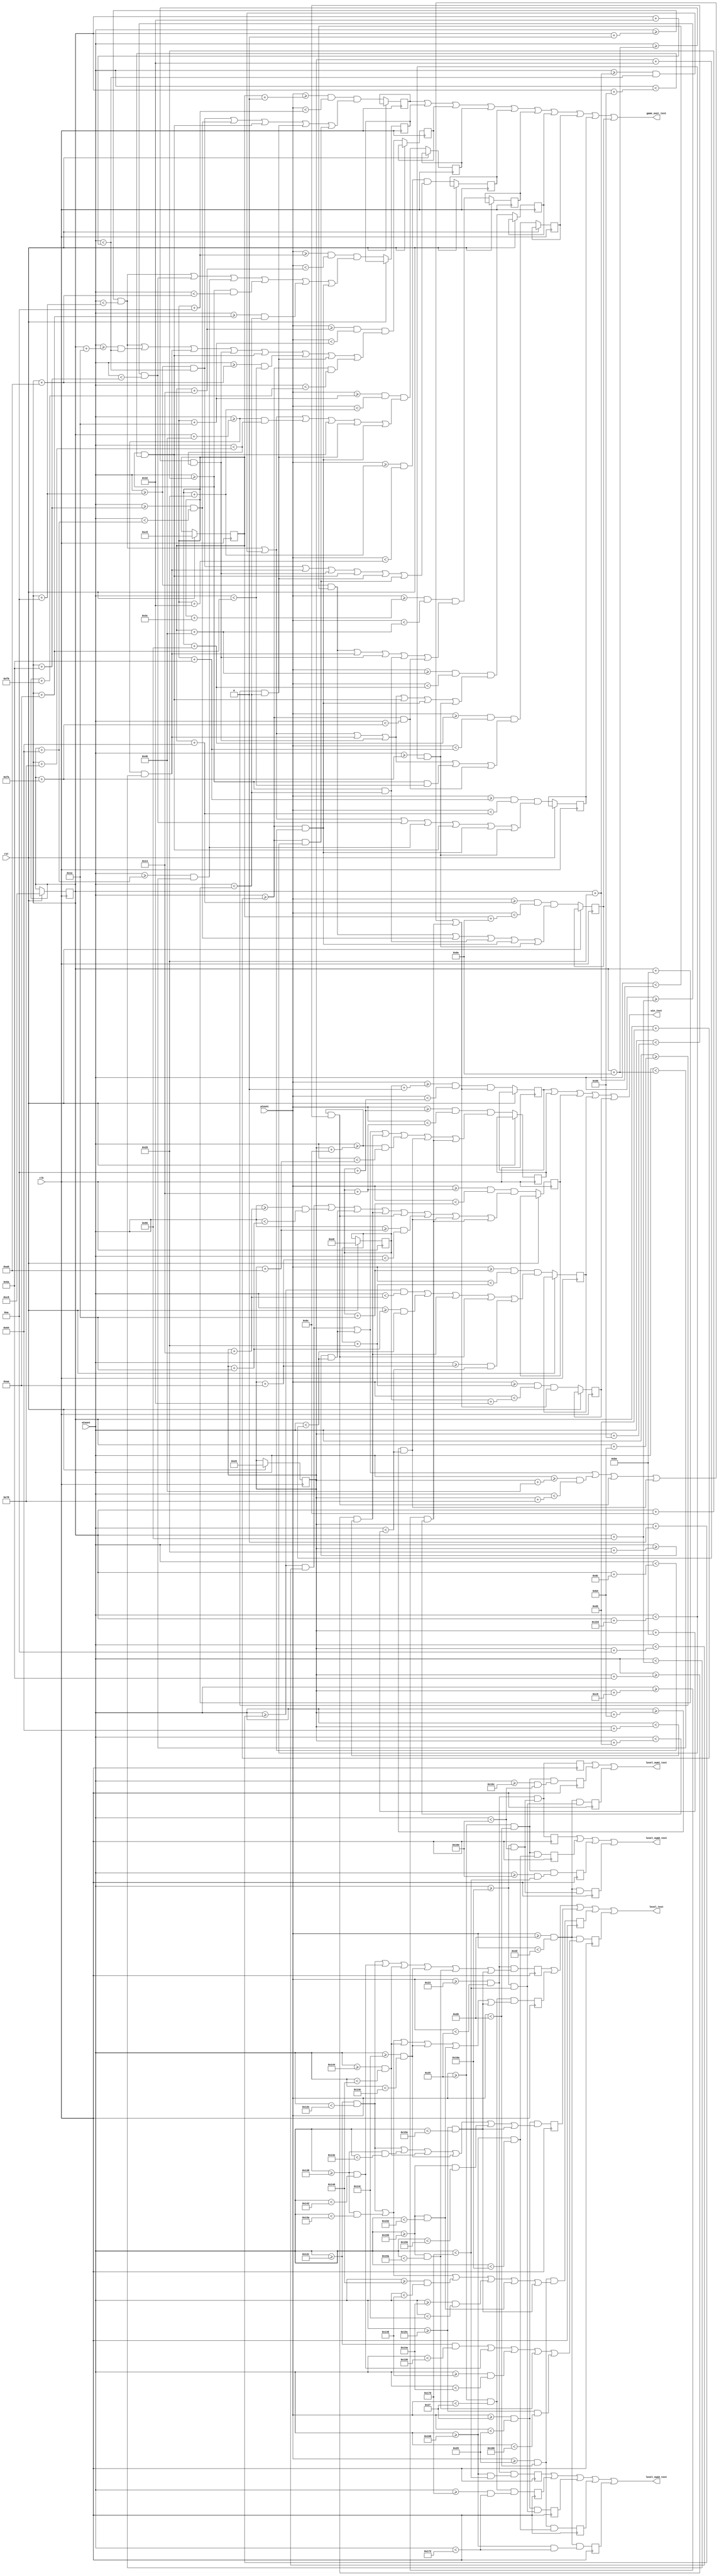
module text(clk, rst, xCount, yCount, game_over_text, win_text, level_text, level_num0_text, level_num1_text, level_num2_text);
input clk, rst;
input [9:0]xCount;
input [9:0] yCount;
wire [9:0] xCount;
wire [9:0] yCount;

output game_over_text;
output win_text;
output level_text;
output level_num0_text;
output level_num1_text;
output level_num2_text;



//game over
wire game_over_text;
assign game_over_text = (go1 || go2 || go3 || go4 || go5 || go6 || go7 || go8 || go9 || go10);
reg [9:0] game_overX[0:31];
reg [8:0] game_overY[0:31];

//"GAME"
reg go1, go2, go3, go4, go5;


//"OVER"
reg go6, go7, go8, go9, go10;

always@(posedge clk) 
	begin	
			if (rst == 1'b1)
				begin
					game_overX[0] = 10'd200;
					game_overY[0] = 9'd200;
					
				end
			else
				begin
					//"GAME"
					go1 = ((yCount >= (game_overY[0] + 9'd0))  && (yCount < (game_overY[0] + 9'd10)))  &&  ( ( (xCount >= (game_overX[0] + 10'd10)) && (xCount < (game_overX[0] + 10'd50)) ) || ( (xCount >= (game_overX[0] + 10'd90)) && (xCount < (game_overX[0] + 10'd100)) ) || ( (xCount >= (game_overX[0] + 10'd140)) && (xCount < (game_overX[0] + 10'd150)) ) || ( (xCount >= (game_overX[0] + 10'd180)) && (xCount < (game_overX[0] + 10'd190)) ) || ( (xCount >= (game_overX[0] + 10'd210)) && (xCount < (game_overX[0] + 10'd260)) )  );
					go2 = ((yCount >= (game_overY[0] + 9'd10)) && (yCount < (game_overY[0] + 9'd20)))  &&  ( ( (xCount >= (game_overX[0] + 10'd0)) && (xCount < (game_overX[0] + 10'd10)) ) || ( (xCount >= (game_overX[0] + 10'd80)) && (xCount < (game_overX[0] + 10'd90)) ) || ( (xCount >= (game_overX[0] + 10'd100)) && (xCount < (game_overX[0] + 10'd110)) ) || ( (xCount >= (game_overX[0] + 10'd140)) && (xCount < (game_overX[0] + 10'd160)) ) || ( (xCount >= (game_overX[0] + 10'd170)) && (xCount < (game_overX[0] + 10'd190)) ) || ( (xCount >= (game_overX[0] + 10'd210)) && (xCount < (game_overX[0] + 10'd220)) ) );
					go3 = ((yCount >= (game_overY[0] + 9'd20)) && (yCount < (game_overY[0] + 9'd30)))  &&  ( ( (xCount >= (game_overX[0] + 10'd0)) && (xCount < (game_overX[0] + 10'd10)) ) || ( (xCount >= (game_overX[0] + 10'd30)) && (xCount < (game_overX[0] + 10'd50)) ) || ( (xCount >= (game_overX[0] + 10'd70)) && (xCount < (game_overX[0] + 10'd80)) ) || ( (xCount >= (game_overX[0] + 10'd110)) && (xCount < (game_overX[0] + 10'd120)) ) || ( (xCount >= (game_overX[0] + 10'd140)) && (xCount < (game_overX[0] + 10'd150)) ) || ( (xCount >= (game_overX[0] + 10'd160)) && (xCount < (game_overX[0] + 10'd170)) ) || ( (xCount >= (game_overX[0] + 10'd180)) && (xCount < (game_overX[0] + 10'd190)) ) || ( (xCount >= (game_overX[0] + 10'd210)) && (xCount < (game_overX[0] + 10'd240)) ) );
					go4 = ((yCount >= (game_overY[0] + 9'd30)) && (yCount < (game_overY[0] + 9'd40)))  &&  ( ( (xCount >= (game_overX[0] + 10'd0)) && (xCount < (game_overX[0] + 10'd10)) ) || ( (xCount >= (game_overX[0] + 10'd40)) && (xCount < (game_overX[0] + 10'd50)) ) || ( (xCount >= (game_overX[0] + 10'd70)) && (xCount < (game_overX[0] + 10'd120)) ) || ( (xCount >= (game_overX[0] + 10'd140)) && (xCount < (game_overX[0] + 10'd150)) ) || ( (xCount >= (game_overX[0] + 10'd180)) && (xCount < (game_overX[0] + 10'd190)) ) || ( (xCount >= (game_overX[0] + 10'd210)) && (xCount < (game_overX[0] + 10'd220)) ) );
					go5 = ((yCount >= (game_overY[0] + 9'd40)) && (yCount < (game_overY[0] + 9'd50)))  &&  ( ( (xCount >= (game_overX[0] + 10'd10)) && (xCount < (game_overX[0] + 10'd50)) ) || ( (xCount >= (game_overX[0] + 10'd70)) && (xCount < (game_overX[0] + 10'd80)) ) || ( (xCount >= (game_overX[0] + 10'd110)) && (xCount < (game_overX[0] + 10'd120)) ) || ( (xCount >= (game_overX[0] + 10'd140)) && (xCount < (game_overX[0] + 10'd150)) ) || ( (xCount >= (game_overX[0] + 10'd180)) && (xCount < (game_overX[0] + 10'd190)) ) || ( (xCount >= (game_overX[0] + 10'd210)) && (xCount < (game_overX[0] + 10'd260)) ) );
					
					//"OVER"
					go6 =  ((yCount >= (game_overY[0] + 9'd60))  && (yCount < (game_overY[0] + 9'd70)))  &&  ( ( (xCount >= (game_overX[0] + 10'd10)) && (xCount < (game_overX[0] + 10'd40)) ) || ( (xCount >= (game_overX[0] + 10'd70)) && (xCount < (game_overX[0] + 10'd80)) ) || ( (xCount >= (game_overX[0] + 10'd110)) && (xCount < (game_overX[0] + 10'd120)) ) || ( (xCount >= (game_overX[0] + 10'd140)) && (xCount < (game_overX[0] + 10'd190)) ) || ( (xCount >= (game_overX[0] + 10'd210)) && (xCount < (game_overX[0] + 10'd250)) ) );
					go7 =  ((yCount >= (game_overY[0] + 9'd70))  && (yCount < (game_overY[0] + 9'd80)))  &&  ( ( (xCount >= (game_overX[0] + 10'd0)) && (xCount < (game_overX[0] + 10'd10)) ) || ( (xCount >= (game_overX[0] + 10'd40)) && (xCount < (game_overX[0] + 10'd50)) ) || ( (xCount >= (game_overX[0] + 10'd70)) && (xCount < (game_overX[0] + 10'd80)) ) || ( (xCount >= (game_overX[0] + 10'd110)) && (xCount < (game_overX[0] + 10'd120)) ) || ( (xCount >= (game_overX[0] + 10'd140)) && (xCount < (game_overX[0] + 10'd150)) ) || ( (xCount >= (game_overX[0] + 10'd210)) && (xCount < (game_overX[0] + 10'd220)) ) || ( (xCount >= (game_overX[0] + 10'd250)) && (xCount < (game_overX[0] + 10'd260)) ) );
					go8 =  ((yCount >= (game_overY[0] + 9'd80))  && (yCount < (game_overY[0] + 9'd90)))  &&  ( ( (xCount >= (game_overX[0] + 10'd0)) && (xCount < (game_overX[0] + 10'd10)) ) || ( (xCount >= (game_overX[0] + 10'd40)) && (xCount < (game_overX[0] + 10'd50)) ) || ( (xCount >= (game_overX[0] + 10'd70)) && (xCount < (game_overX[0] + 10'd80)) ) || ( (xCount >= (game_overX[0] + 10'd110)) && (xCount < (game_overX[0] + 10'd120)) ) || ( (xCount >= (game_overX[0] + 10'd140)) && (xCount < (game_overX[0] + 10'd170)) ) || ( (xCount >= (game_overX[0] + 10'd210)) && (xCount < (game_overX[0] + 10'd250)) ) );
					go9 =  ((yCount >= (game_overY[0] + 9'd90))  && (yCount < (game_overY[0] + 9'd100))) &&  ( ( (xCount >= (game_overX[0] + 10'd0)) && (xCount < (game_overX[0] + 10'd10)) ) || ( (xCount >= (game_overX[0] + 10'd40)) && (xCount < (game_overX[0] + 10'd50)) ) || ( (xCount >= (game_overX[0] + 10'd80)) && (xCount < (game_overX[0] + 10'd90)) ) || ( (xCount >= (game_overX[0] + 10'd100)) && (xCount < (game_overX[0] + 10'd110)) ) || ( (xCount >= (game_overX[0] + 10'd140)) && (xCount < (game_overX[0] + 10'd150)) ) || ( (xCount >= (game_overX[0] + 10'd210)) && (xCount < (game_overX[0] + 10'd220)) ) || ( (xCount >= (game_overX[0] + 10'd250)) && (xCount < (game_overX[0] + 10'd260)) ) );
					go10 = ((yCount >= (game_overY[0] + 9'd100)) && (yCount < (game_overY[0] + 9'd110))) &&  ( ( (xCount >= (game_overX[0] + 10'd10)) && (xCount < (game_overX[0] + 10'd40)) ) || ( (xCount >= (game_overX[0] + 10'd90)) && (xCount < (game_overX[0] + 10'd100)) ) || ( (xCount >= (game_overX[0] + 10'd140)) && (xCount < (game_overX[0] + 10'd190)) ) || ( (xCount >= (game_overX[0] + 10'd210)) && (xCount < (game_overX[0] + 10'd220)) ) || ( (xCount >= (game_overX[0] + 10'd250)) && (xCount < (game_overX[0] + 10'd260)) ) );
				end
	end

//win
wire win_text;
assign win_text = (win1 || win2 || win3 || win4 || win5);
reg [9:0] wt_X[0:31];
reg [8:0] wt_Y[0:31];

reg win1, win2, win3, win4, win5;

always @(posedge clk)
	begin
		if (rst == 1'b1)
			begin
				wt_X[0] = 10'd230;
				wt_Y[0] = 9'd230;
			end
		else
			begin
			//"WIN!"
			win1 = ((yCount >= (wt_Y[0] + 9'd0))  && (yCount < (wt_Y[0] + 9'd10)))  && ( ( (xCount >= (wt_X[0] + 10'd0)) && (xCount < (wt_X[0] + 10'd10)) ) || ( (xCount >= (wt_X[0] + 10'd40)) && (xCount < (wt_X[0] + 10'd50)) ) || ( (xCount >= (wt_X[0] + 10'd70)) && (xCount < (wt_X[0] + 10'd120)) ) || ( (xCount >= (wt_X[0] + 10'd140)) && (xCount < (wt_X[0] + 10'd150)) ) || ((xCount >= (wt_X[0] + 10'd180)) && (xCount < (wt_X[0] + 10'd190)) ) || ( (xCount >= (wt_X[0] + 10'd200)) && (xCount < (wt_X[0] + 10'd210)) ) );
			win2 = ((yCount >= (wt_Y[0] + 9'd10)) && (yCount < (wt_Y[0] + 9'd20)))  && ( ( (xCount >= (wt_X[0] + 10'd0)) && (xCount < (wt_X[0] + 10'd10)) ) || ( (xCount >= (wt_X[0] + 10'd40)) && (xCount < (wt_X[0] + 10'd50)) ) || ( (xCount >= (wt_X[0] + 10'd90)) && (xCount < (wt_X[0] + 10'd100)) ) || ( (xCount >= (wt_X[0] + 10'd140)) && (xCount < (wt_X[0] + 10'd160)) ) || ((xCount >= (wt_X[0] + 10'd180)) && (xCount < (wt_X[0] + 10'd190)) ) || ( (xCount >= (wt_X[0] + 10'd200)) && (xCount < (wt_X[0] + 10'd210)) ) );
			win3 = ((yCount >= (wt_Y[0] + 9'd20)) && (yCount < (wt_Y[0] + 9'd30)))  && ( ( (xCount >= (wt_X[0] + 10'd0)) && (xCount < (wt_X[0] + 10'd10)) ) || ( (xCount >= (wt_X[0] + 10'd20)) && (xCount < (wt_X[0] + 10'd30)) ) || ( (xCount >= (wt_X[0] + 10'd40)) && (xCount < (wt_X[0] + 10'd50)) ) || ( (xCount >= (wt_X[0] + 10'd90)) && (xCount < (wt_X[0] + 10'd100)) ) || ( (xCount >= (wt_X[0] + 10'd140)) && (xCount < (wt_X[0] + 10'd150)) ) || ((xCount >= (wt_X[0] + 10'd160)) && (xCount < (wt_X[0] + 10'd170)) ) || ( (xCount >= (wt_X[0] + 10'd180)) && (xCount < (wt_X[0] + 10'd190)) ) || ( (xCount >= (wt_X[0] + 10'd200)) && (xCount < (wt_X[0] + 10'd210)) ) );
			win4 = ((yCount >= (wt_Y[0] + 9'd30)) && (yCount < (wt_Y[0] + 9'd40)))  && ( ( (xCount >= (wt_X[0] + 10'd0)) && (xCount < (wt_X[0] + 10'd20)) ) || ( (xCount >= (wt_X[0] + 10'd30)) && (xCount < (wt_X[0] + 10'd50)) ) || ( (xCount >= (wt_X[0] + 10'd90)) && (xCount < (wt_X[0] + 10'd100)) ) || ( (xCount >= (wt_X[0] + 10'd140)) && (xCount < (wt_X[0] + 10'd150)) ) || ((xCount >= (wt_X[0] + 10'd170)) && (xCount < (wt_X[0] + 10'd190)) ) );
			win5 = ((yCount >= (wt_Y[0] + 9'd40)) && (yCount < (wt_Y[0] + 9'd50)))  && ( ( (xCount >= (wt_X[0] + 10'd0)) && (xCount < (wt_X[0] + 10'd10)) ) || ( (xCount >= (wt_X[0] + 10'd40)) && (xCount < (wt_X[0] + 10'd50)) ) || ( (xCount >= (wt_X[0] + 10'd70)) && (xCount < (wt_X[0] + 10'd120)) ) || ( (xCount >= (wt_X[0] + 10'd140)) && (xCount < (wt_X[0] + 10'd150)) ) || ((xCount >= (wt_X[0] + 10'd180)) && (xCount < (wt_X[0] + 10'd190)) ) || ( (xCount >= (wt_X[0] + 10'd200)) && (xCount < (wt_X[0] + 10'd210)) ) );
			end
	end

//level and numbers (smaller than game over and win)
wire level_text;
wire level_num0_text;
wire level_num1_text;
wire level_num2_text;
reg [9:0] level_X[0:31];
reg [8:0] level_Y[0:31];

assign level_text = (lvl1 || lvl2 || lvl3 || lvl4 || lvl5);
assign level_num0_text = (lvnon1 || lvnon2 || lvnon3 || lvnon4);
assign level_num1_text = (lvone1 || lvone2 || lvone3);
assign level_num2_text = (lvtwo1 || lvtwo2 || lvtwo3 || lvtwo4 || lvtwo5);

reg lvl1, lvl2, lvl3, lvl4, lvl5;
reg lvnon1, lvnon2, lvnon3, lvnon4;
reg lvone1, lvone2, lvone3;
reg lvtwo1, lvtwo2, lvtwo3, lvtwo4, lvtwo5;

always @(posedge clk)
	begin
		level_X[0] = 10'd300;
		level_Y[0] = 9'd35;
		//"LEVEL"
		lvl1 = ((yCount >= (level_Y[0] + 9'd0))  && (yCount < (level_Y[0] + 9'd2)))  && ( ( (xCount >= (level_X[0] + 10'd0)) && (xCount < (level_X[0] + 10'd2)) )  || ( (xCount >= (level_X[0] + 10'd12)) && (xCount < (level_X[0] + 10'd22)) ) || ( (xCount >= (level_X[0] + 10'd24)) && (xCount < (level_X[0] + 10'd26)) ) || ( (xCount >= (level_X[0] + 10'd32)) && (xCount < (level_X[0] + 10'd34)) ) || ( (xCount >= (level_X[0] + 10'd36)) && (xCount < (level_X[0] + 10'd46)) ) || ( (xCount >= (level_X[0] + 10'd48)) && (xCount < (level_X[0] + 10'd50)) ) );
		lvl2 = ((yCount >= (level_Y[0] + 9'd2))  && (yCount < (level_Y[0] + 9'd4)))  && ( ( (xCount >= (level_X[0] + 10'd0)) && (xCount < (level_X[0] + 10'd2)) )  || ( (xCount >= (level_X[0] + 10'd12)) && (xCount < (level_X[0] + 10'd14)) ) || ( (xCount >= (level_X[0] + 10'd24)) && (xCount < (level_X[0] + 10'd26)) ) || ( (xCount >= (level_X[0] + 10'd32)) && (xCount < (level_X[0] + 10'd34)) ) || ( (xCount >= (level_X[0] + 10'd36)) && (xCount < (level_X[0] + 10'd38)) ) || ( (xCount >= (level_X[0] + 10'd48)) && (xCount < (level_X[0] + 10'd50)) ) );
		lvl3 = ((yCount >= (level_Y[0] + 9'd4))  && (yCount < (level_Y[0] + 9'd6)))  && ( ( (xCount >= (level_X[0] + 10'd0)) && (xCount < (level_X[0] + 10'd2)) )  || ( (xCount >= (level_X[0] + 10'd12)) && (xCount < (level_X[0] + 10'd18)) ) || ( (xCount >= (level_X[0] + 10'd24)) && (xCount < (level_X[0] + 10'd26)) ) || ( (xCount >= (level_X[0] + 10'd32)) && (xCount < (level_X[0] + 10'd34)) ) || ( (xCount >= (level_X[0] + 10'd36)) && (xCount < (level_X[0] + 10'd42)) ) || ( (xCount >= (level_X[0] + 10'd48)) && (xCount < (level_X[0] + 10'd50)) ) );
		lvl4 = ((yCount >= (level_Y[0] + 9'd6))  && (yCount < (level_Y[0] + 9'd8)))  && ( ( (xCount >= (level_X[0] + 10'd0)) && (xCount < (level_X[0] + 10'd2)) )  || ( (xCount >= (level_X[0] + 10'd12)) && (xCount < (level_X[0] + 10'd14)) ) || ( (xCount >= (level_X[0] + 10'd26)) && (xCount < (level_X[0] + 10'd28)) ) || ( (xCount >= (level_X[0] + 10'd30)) && (xCount < (level_X[0] + 10'd32)) ) || ( (xCount >= (level_X[0] + 10'd36)) && (xCount < (level_X[0] + 10'd38)) ) || ( (xCount >= (level_X[0] + 10'd48)) && (xCount < (level_X[0] + 10'd50)) ) );
		lvl5 = ((yCount >= (level_Y[0] + 9'd8))  && (yCount < (level_Y[0] + 9'd10))) && ( ( (xCount >= (level_X[0] + 10'd0)) && (xCount < (level_X[0] + 10'd10)) ) || ( (xCount >= (level_X[0] + 10'd12)) && (xCount < (level_X[0] + 10'd22)) ) || ( (xCount >= (level_X[0] + 10'd28)) && (xCount < (level_X[0] + 10'd30)) ) || ( (xCount >= (level_X[0] + 10'd36)) && (xCount < (level_X[0] + 10'd46)) ) || ( (xCount >= (level_X[0] + 10'd48)) && (xCount < (level_X[0] + 10'd58)) )  );
		
		//"0"
		lvnon1 = ((yCount >= (level_Y[0] + 9'd0)) && (yCount < (level_Y[0] + 9'd2))) && ((xCount >= (level_X[0] + 10'd62)) && (xCount < (level_X[0] + 10'd66)));
		lvnon2 = ((yCount >= (level_Y[0] + 9'd2)) && (yCount < (level_Y[0] + 9'd8))) && ((xCount >= (level_X[0] + 10'd60)) && (xCount < (level_X[0] + 10'd62)));
		lvnon3 = ((yCount >= (level_Y[0] + 9'd2)) && (yCount < (level_Y[0] + 9'd8))) && ((xCount >= (level_X[0] + 10'd66)) && (xCount < (level_X[0] + 10'd68)));
		lvnon4 = ((yCount >= (level_Y[0] + 9'd8)) && (yCount < (level_Y[0] + 9'd10))) && ((xCount >= (level_X[0] + 10'd62)) && (xCount < (level_X[0] + 10'd66)));
		
		//"1"
		lvone1 = ((yCount >= (level_Y[0] + 9'd0))  && (yCount < (level_Y[0] + 9'd2)))   && ( (xCount >= (level_X[0] + 10'd62)) && (xCount < (level_X[0] + 10'd66)) );
		lvone2 = ((yCount >= (level_Y[0] + 9'd2))  && (yCount < (level_Y[0] + 9'd8)))   && ( (xCount >= (level_X[0] + 10'd64)) && (xCount < (level_X[0] + 10'd66)) );
		lvone3 = ((yCount >= (level_Y[0] + 9'd8))  && (yCount < (level_Y[0] + 9'd10)))  && ( (xCount >= (level_X[0] + 10'd62)) && (xCount < (level_X[0] + 10'd68)) );
		
		//"2"
		lvtwo1 = ((yCount >= (level_Y[0] + 9'd0))  && (yCount < (level_Y[0] + 9'd2)))   && ( (xCount >= (level_X[0] + 10'd60)) && (xCount < (level_X[0] + 10'd68)) );
		lvtwo2 = ((yCount >= (level_Y[0] + 9'd2))  && (yCount < (level_Y[0] + 9'd4)))   && ( (xCount >= (level_X[0] + 10'd68)) && (xCount < (level_X[0] + 10'd70)) );
		lvtwo3 = ((yCount >= (level_Y[0] + 9'd4))  && (yCount < (level_Y[0] + 9'd6)))   && ( (xCount >= (level_X[0] + 10'd62)) && (xCount < (level_X[0] + 10'd68)) );
		lvtwo4 = ((yCount >= (level_Y[0] + 9'd6))  && (yCount < (level_Y[0] + 9'd8)))   && ( (xCount >= (level_X[0] + 10'd60)) && (xCount < (level_X[0] + 10'd62)) );
		lvtwo5 = ((yCount >= (level_Y[0] + 9'd8))  && (yCount < (level_Y[0] + 9'd10)))  && ( (xCount >= (level_X[0] + 10'd60)) && (xCount < (level_X[0] + 10'd70)) );
	end



endmodule